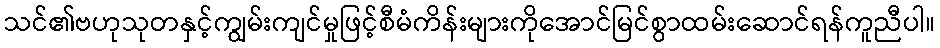
သင်၏ဗဟုသုတနှင့်ကျွမ်းကျင်မှုဖြင့်စီမံကိန်းများကိုအောင်မြင်စွာထမ်းဆောင်ရန်ကူညီပါ။